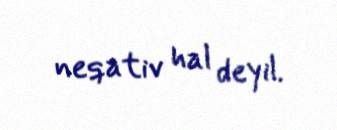
neqativ hal deyil.